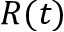
R ( t )